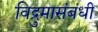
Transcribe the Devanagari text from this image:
विद्रुमासंबंधी